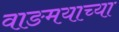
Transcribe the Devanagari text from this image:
वाङमयाच्या